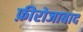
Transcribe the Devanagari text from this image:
फ़ीरोजाबाद